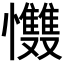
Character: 𢥵